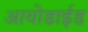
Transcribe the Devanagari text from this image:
आयोडाईड